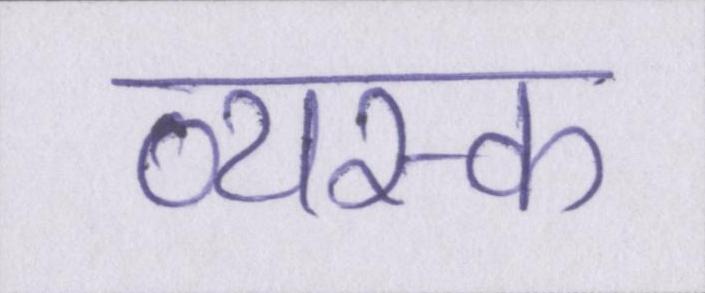
व्यस्क